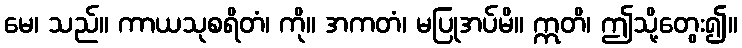
မေ၊ သည်။ ကာယသုစရိတံ၊ ကို။ အကတံ၊ မပြုအပ်မိ။ ဣတိ၊ ဤသို့တွေး၍။